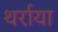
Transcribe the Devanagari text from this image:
थर्राया